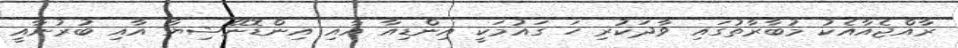
ރާއްޖެއާއެކު މުބާރާތުގައި ވާދަކުރި ހަ ގައުމަކީ އިންޑިއާ އާއި އިންޑޮނޭޝިޔާ އާއި ބުރުނާއީ